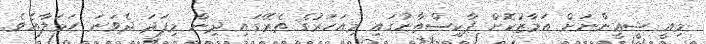
މިއީ ޝީޢީންނަށް އަމާޒުކޮށް ޕާކިސްތާނުގައި މިއަހަރުގެ ތެރޭގައި ދިން މިފަދަ ދެވަނަ ހަމަލާއެވެ.